Leaving Certificate Examination, 1911
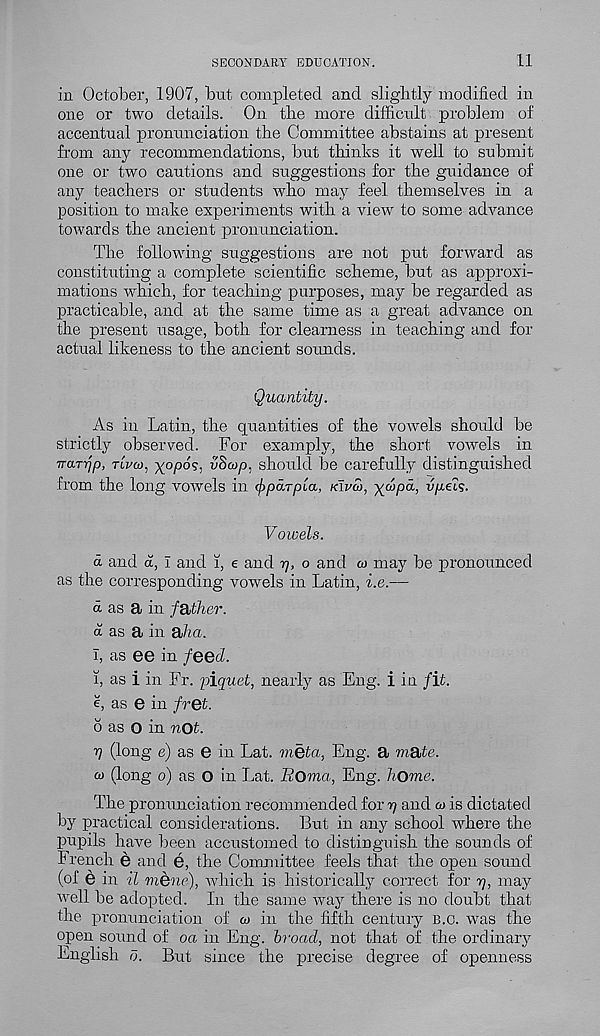
SECONDARY EDUCATION.
11
in October, 1907, but completed and slightly modified in
one or two details. On the more difficult problem of
accentual pronunciation the Committee abstains at present
from any recommendations, but thinks it well to submit
one or two cautions and suggestions for the guidance of
any teachers or students who may feel themselves in a
position to make experiments with a view r to some advance
towards the ancient pronunciation.
The following suggestions are not put forward as
constituting a complete scientific scheme, but as approxi-
mations which, for teaching purposes, may be regarded as
practicable, and at the same time as a great advance on
the present usage, both for clearness in teaching and for
actual likeness to the ancient sounds.
Quantity.
As in Latin, the quantities of the vowels should be
strictly observed. For examply, the short vowels in
TTaTTjp, TLVCO, x°P°S; aSwp, should be carefully distinguished
from the long vowels in ^parpfa, KIVCO, xcopa, vyels.
V owels.
a and a, I and i, e and 77, o and w may be pronounced
as the corresponding vowels in Latin, i.e.—
<x as a in ff&ther.
a as a in aha.
1, as ee in feed.
1, as i in Fr. piquet, nearly as Eng. i in fit.
e, as e in fret.
6 as O in not.
y (long e) as e in Lat. met a, Eng. a mate.
a> (long 0) as O in Lat. Eoma, Eng. home.
The pronunciation recommended for 7? and w is dictated
by practical considerations. But in any school where the
pupils have been accustomed to distinguish the sounds of
French e and e, the Committee feels that the open sound
(of e in il mene), which is historically correct for 77, may
well be adopted. In the same way there is no doubt that
the pronunciation of a> in the fifth century B.c. was the
open sound of oa in Eng. broad, not that of the ordinary
English 0. But since the precise degree of openness